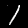
Digit: 1